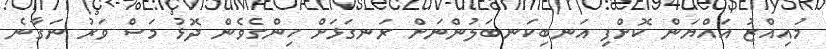
މުއިއްޒު އައްޔަން ކޮށްފި އަނބިކަނބަލުންނަށް ރަނގަޅަށް ހިންގެވެން ދޮޅު މަސް ވަރު ނަގާނެ